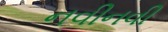
નવીનવી